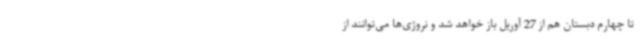
تا چهارم دبستان هم از 27 آوریل باز خواهد شد و نروژی‌ها می‌توانند از